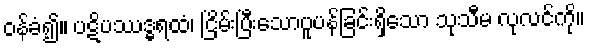
ဝန်ခံ၍။ ပဋိပဿဒ္ဓရထံ၊ ငြိမ်းပြီးသောပူပန်ခြင်းရှိသော သုသီမ လုလင်ကို။